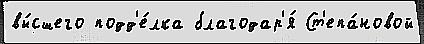
вы́сшего подд'е́лка благодар'я́ Ст'епа́новой